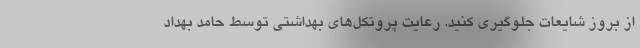
از بروز شایعات جلوگیری کنید. رعایت پروتکل‌های بهداشتی توسط حامد بهداد